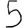
Digit: 5